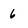
Character: 6